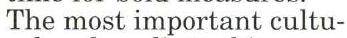
The most important cultu-